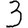
Digit: 3